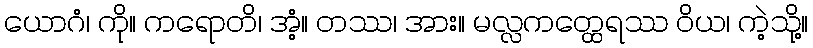
ယောဂံ၊ ကို။ ကရောတိ၊ အံ့။ တဿ၊ အား။ မလ္လကတ္ထေရဿ ဝိယ၊ ကဲ့သို့။